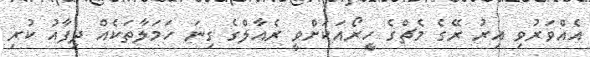
އެއްވަރުވި އިރު ރޭގެ މެޗްގެ ހީރޯއަކަށްވީ ރެއާލްގެ ގިނަ ހަމަލާތަކެއް ދިފާއު ކުރި